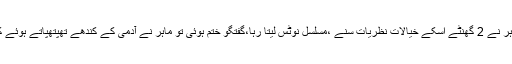
ایک آدمی ماہرنفسیات کے پاس گیااور کہا، احساس کمتری کا شکار ہوں ،خود کو گھٹیا لگتا ہوں،ماہر نے 2 گھنٹے اسکے خیالات نظریات سنے ،مسلسل نوٹس لیتا رہا،گفتگو ختم ہوئی تو ماہر نے آدمی کے کندھے تھپتھپاتے ہوئے کہا، بات یہ ہے برادر، تمہیں احساس کمتری وغیرہ کچھ نہیں ہے بلکہ دراصل تم ہو ہی گھٹیا انسان۔